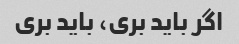
اگر باید بری، باید بری